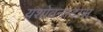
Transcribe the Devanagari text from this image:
यशोवन्तदास